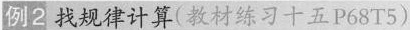
例2 找规律计算(教材练习十五P68T5)